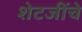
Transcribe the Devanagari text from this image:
शेटजींचे